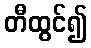
တီထွင်၍